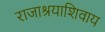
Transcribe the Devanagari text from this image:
राजाश्रयाशिवाय